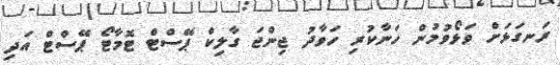
ރަނގަޅަށް ވަޅޯވުމުން ހަނާކުރި ހަވާދު ޖިންޖަ ގާލިކް ޕޭސްޓް ޓޮމާޓޯ ޕޭސްޓް އަދި